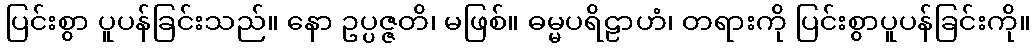
ပြင်းစွာ ပူပန်ခြင်းသည်။ နော ဥပ္ပဇ္ဇတိ၊ မဖြစ်။ ဓမ္မပရိဠာဟံ၊ တရားကို ပြင်းစွာပူပန်ခြင်းကို။